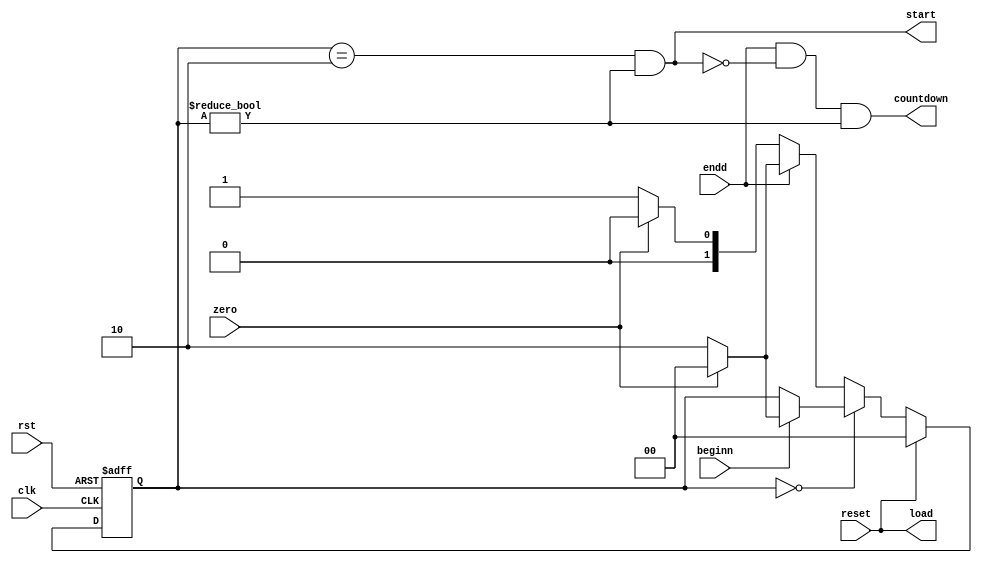
module controller(
    input clk,
    input rst,
    input beginn, 
    input reset,
    input zero,
    input endd,
    output load,
    output start,
    output countdown
    );
    
    // write your code here
    
    reg [1:0] state; //"0" as "PAUSE" state, "1" as "COUNT" state and "2" as "START" state

    assign countdown = (endd && ~start && state != 0);
    assign start = (state == 2 && state != 0);
    assign load = reset;

    always @(posedge clk, negedge rst)
    begin
    	if (~rst) state <= 0;
    	else
        begin 
     	   if(reset) state <= 0;
    	   else
           begin
             if(state == 0)
             begin
           	if(beginn) 
                begin
                	if(~zero) state <= 2;
                        else state <= 0;
                end  
             end
             else 
             begin
                if(endd) 
                begin
                	if(~zero) state <= 2;
                        else state <= 0;
                end  
                else 
                begin
                	if(~zero) state <= 1;
                        else state <= 0;
                end
              end
           end
        end
    end //always

endmodule